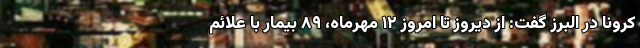
کرونا در البرز گفت: از دیروز تا امروز ۱۲ مهرماه، ۸۹ بیمار با علائم